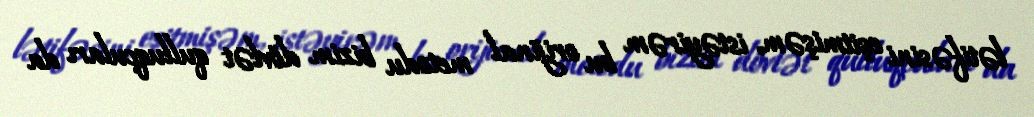
lətifəsini eşitmişəm, istəyirəm bu orijinal metodu bizim dövlət qulluqçuları da